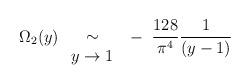
LaTeX: \begin{align*}\Omega_2(y) ~ \begin{array}{c} \\\sim \\ y \rightarrow 1\end{array} ~-~ \frac{128}{\pi^4}\frac{1}{(y-1)}\end{align*}